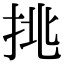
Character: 𢬹